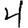
Digit: 4